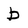
Character: b